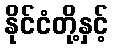
နိုင်ငံတို့နှင့်